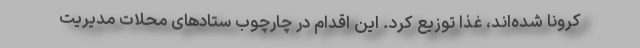
کرونا شده‌اند، غذا توزیع کرد. این اقدام در چارچوب ستادهای محلات مدیریت